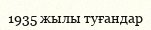
1935 жылы туғандар